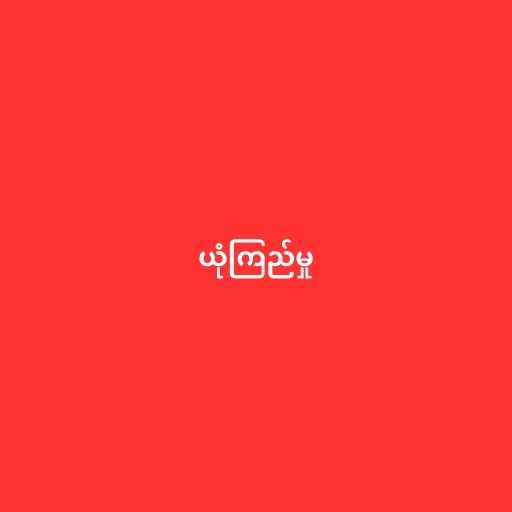
ယုံကြည်မှု